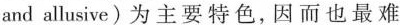
and allusive)为主要特色，因而也最难